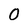
Character: 0